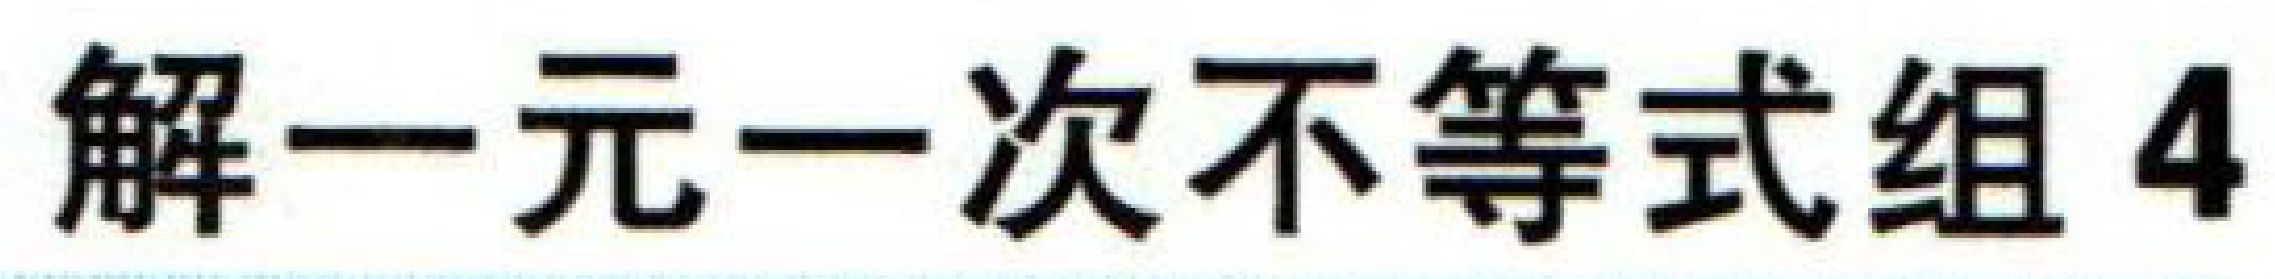
解一元一次不等式组4